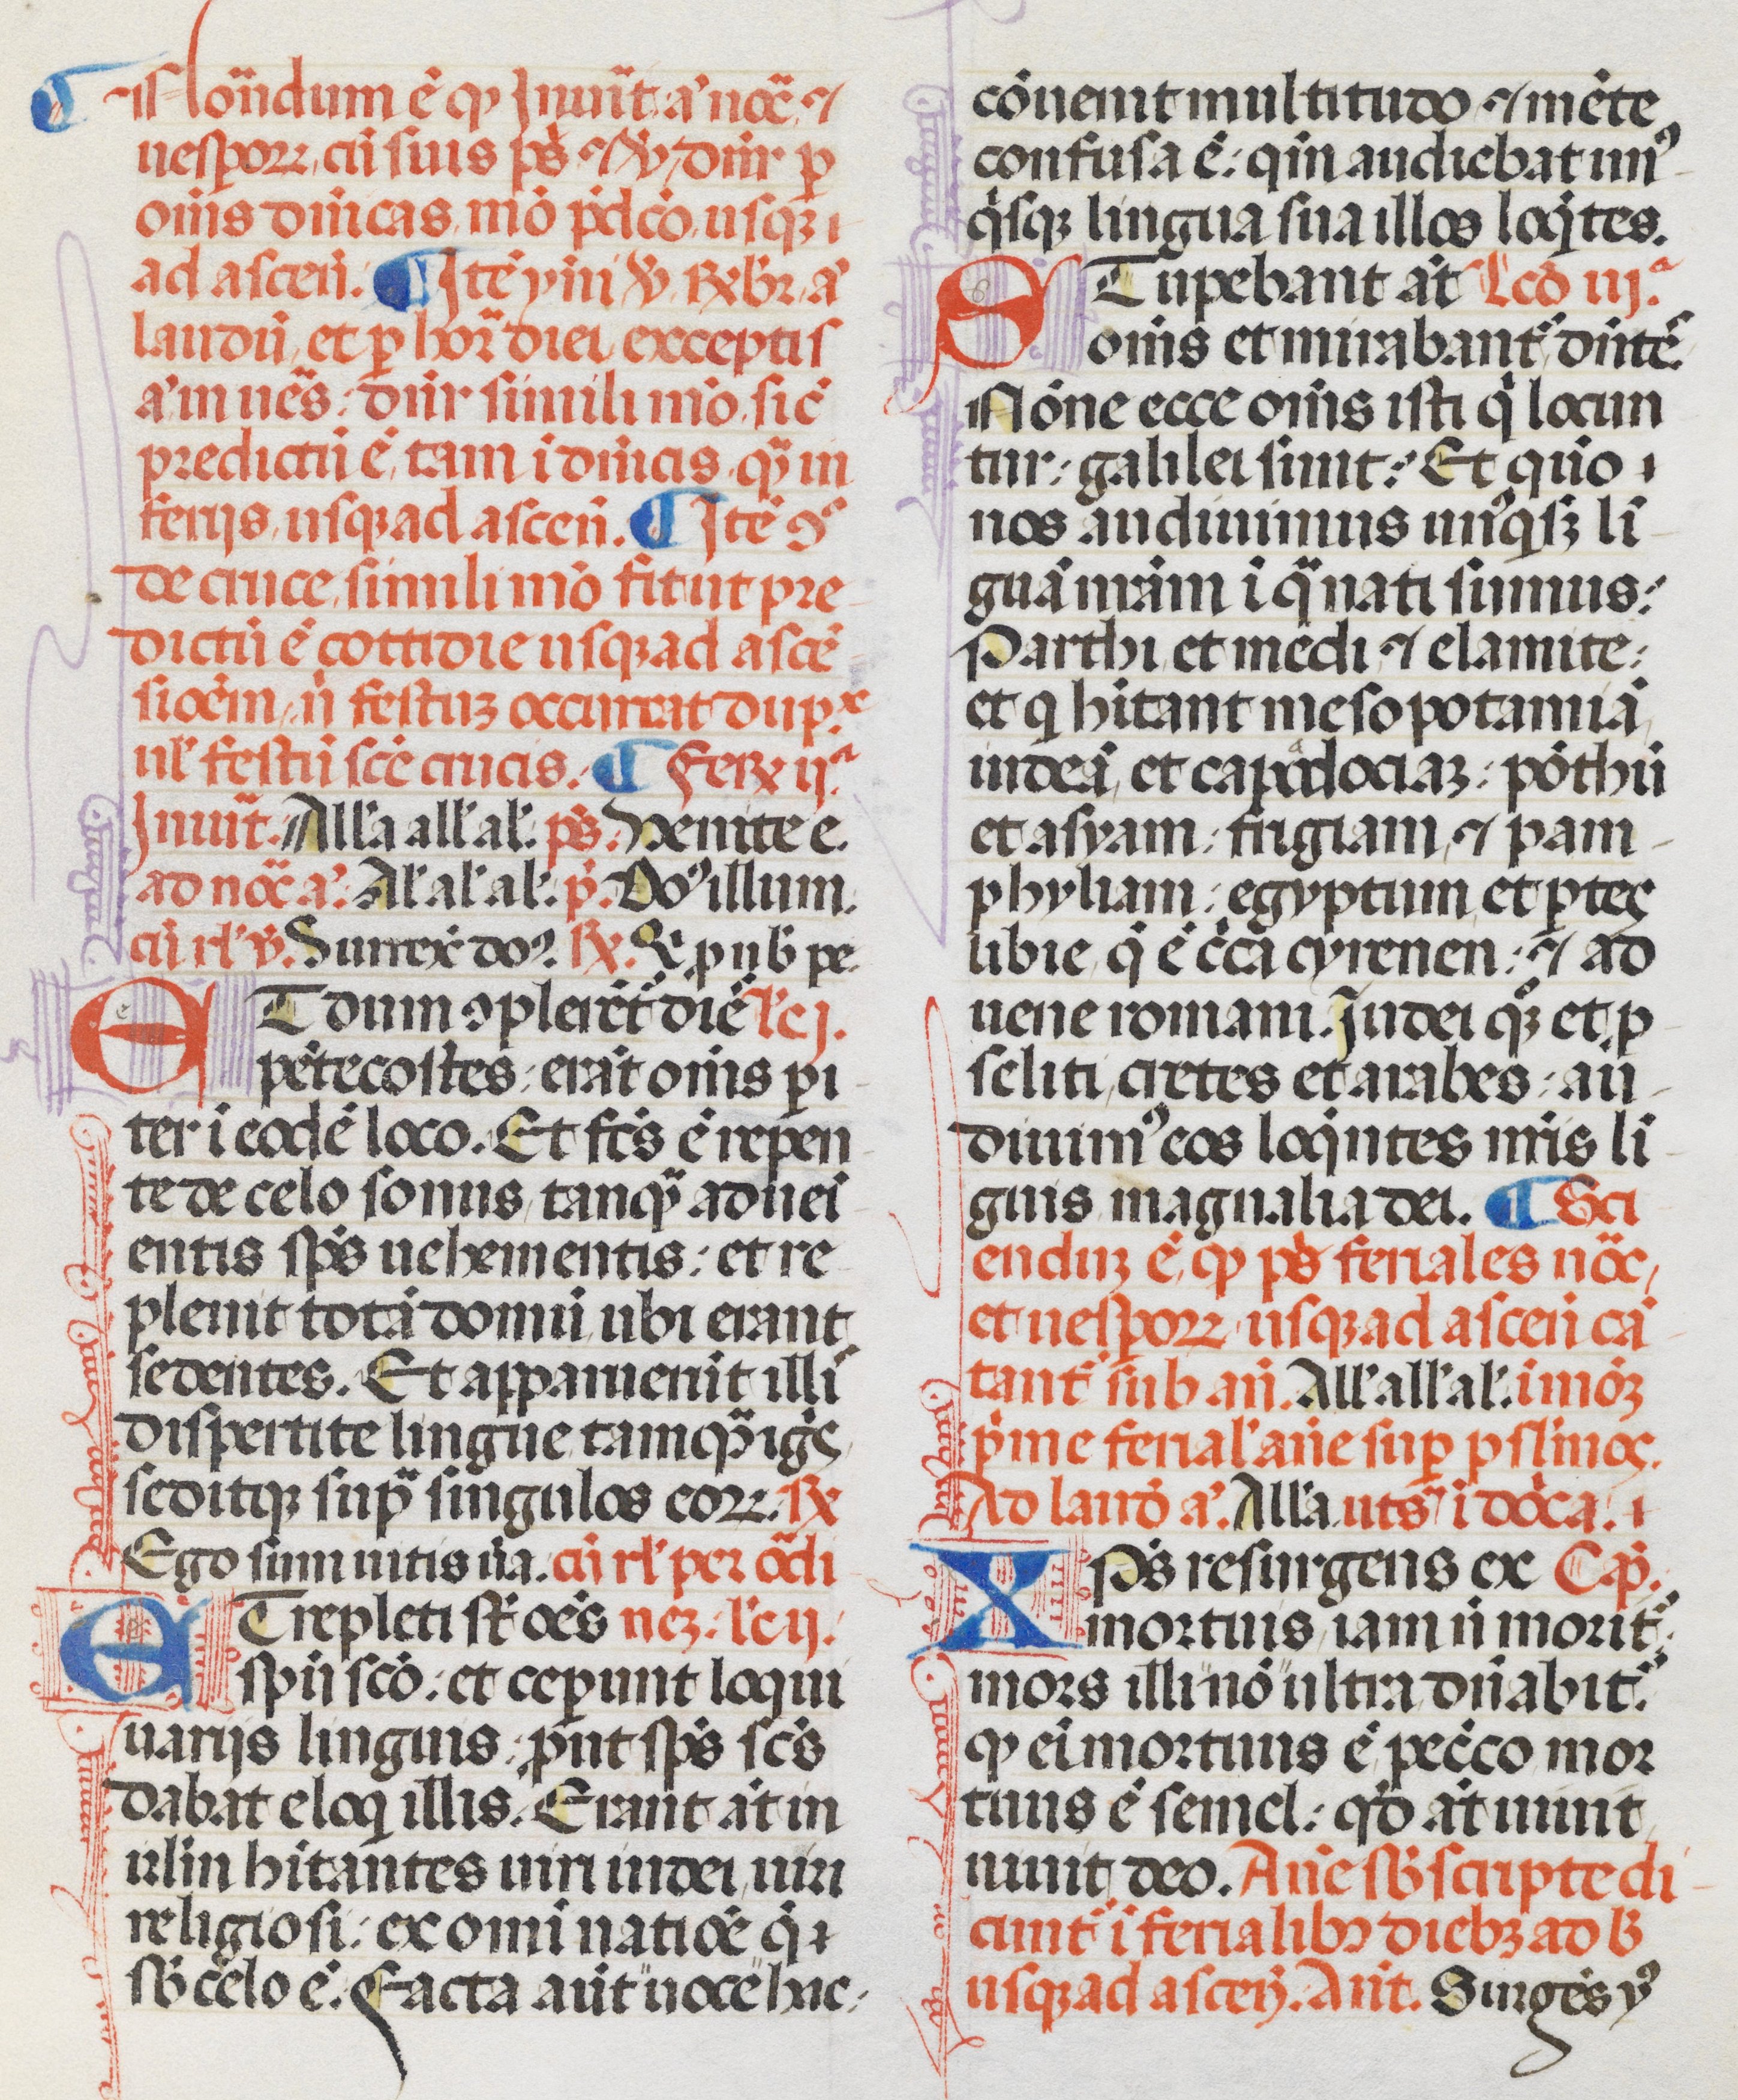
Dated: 1470–1471